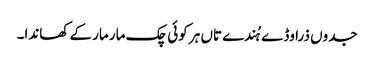
جدوں ذرا وڈے ہُندے تاں ہر کوئی چک مار مار کے کھاندا۔